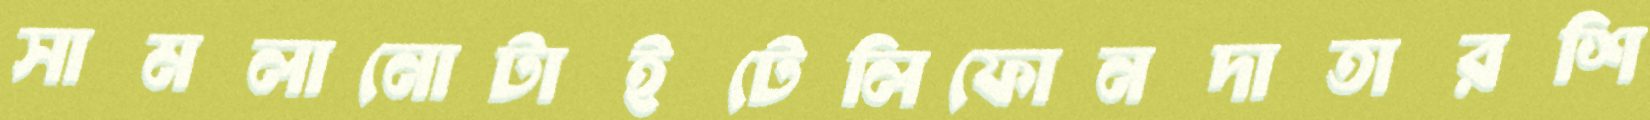
সামলানোটাইটেলিফোনদাতারশি